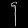
Digit: ၄